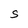
Character: S